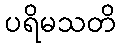
ပရိမသတိ